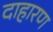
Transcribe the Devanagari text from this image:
दाहारण